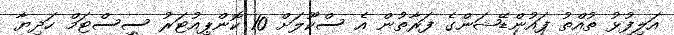
އަލިފުޅު ތުއްތު ފައުންޑޭޝަންގެ ފަރާތުން އެ ސްކޫލަށް 10 ކޮންޕިއުޓަރު ސިސްޓަމް ހަދިޔާ